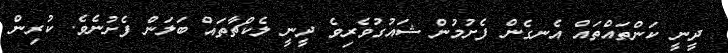
ދީނީ ކަންތައްތައް އެނގެން ފެށުމުން ޝައުގުވެރިވެ ދީނީ ލެކްޗާތައް ބަލަން ފެށުނެވެ. ކުރިން